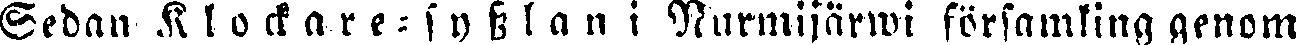
Sedan Klockare-sysslan i Nurmijärwi församling genom